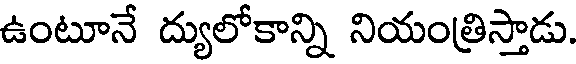
ఉంటూనే ద్యులోకాన్ని నియంత్రిస్తాడు.